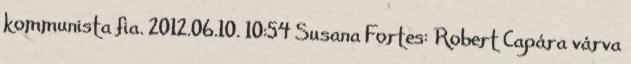
kommunista fia. 2012.06.10. 10:54 Susana Fortes: Robert Capára várva